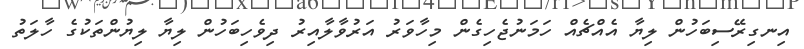
އިނގިރޭސިބަހުން ލިޔާ އެއްޗެއް ހަމަނުޖެހިގެން މިހާވަރު އަރުވާލާއިރު ދިވެހިބަހުން ލިޔާ ލިޔުންތަކުގެ ހާލަތު